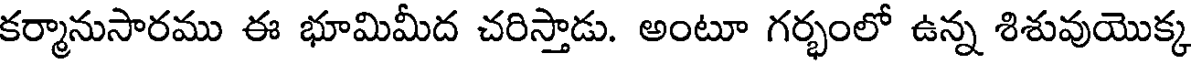
కర్మానుసారము ఈ భూమిమీద చరిస్తాడు. అంటూ గర్భంలో ఉన్న శిశువుయొక్క